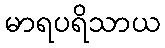
မာရပရိသာယ